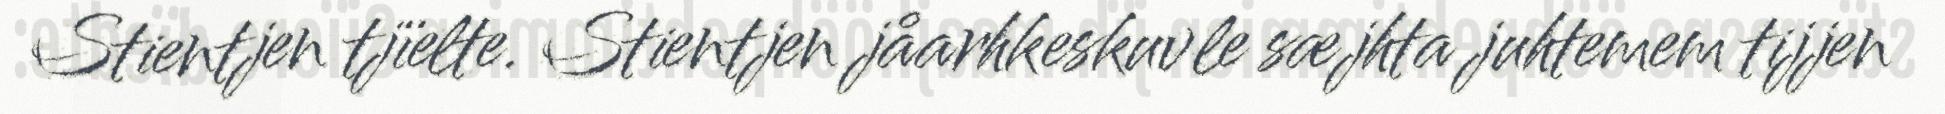
Stientjen tjïelte. Stientjen jåarhkeskuvle sæjhta juhtemem tijjen